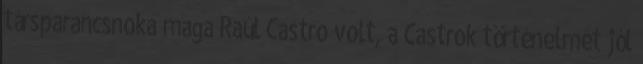
társparancsnoka maga Raúl Castro volt, a Castrok történelmét jól